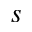
s